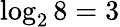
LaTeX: \log_{2}8=3